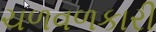
ચળવળકારી